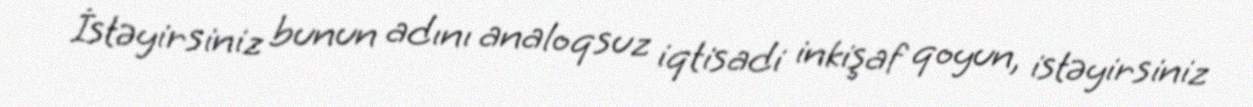
İstəyirsiniz bunun adını analoqsuz iqtisadi inkişaf qoyun, istəyirsiniz